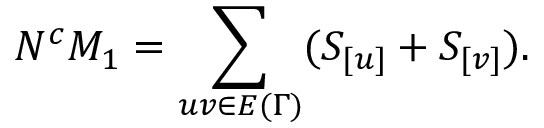
N ^ { c } M _ { 1 } = \sum _ { u v \in E { ( \Gamma ) } } ( S _ { [ u ] } + S _ { [ v ] } ) .